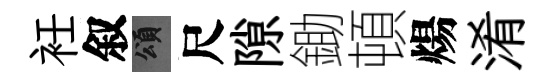
衽叙頌尺隙鋤頓煬淆